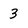
Character: 3